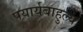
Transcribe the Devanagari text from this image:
पयार्यबाहुल्य